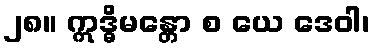
၂၈။ ဣဒ္ဓိမန္တော စ ယေ ဒေဝါ၊